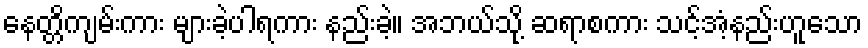
နေတ္တိကျမ်းကား များခဲ့ပါရကား နည်းခဲ့။ အဘယ်သို့ ဆရာစကား သင့်အံ့နည်းဟူသော